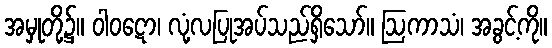
အမှုတို့၌။ ဝါဝဋော၊ လုံ့လပြုအပ်သည်ရှိသော်။ ဩကာသံ၊ အခွင့်ကို။